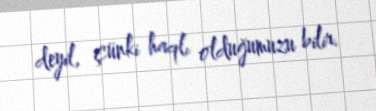
deyil, çünki haqlı olduğumuzu bilir.